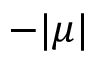
- | \mu |